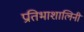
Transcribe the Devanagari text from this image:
प्रतिभाशालिनी